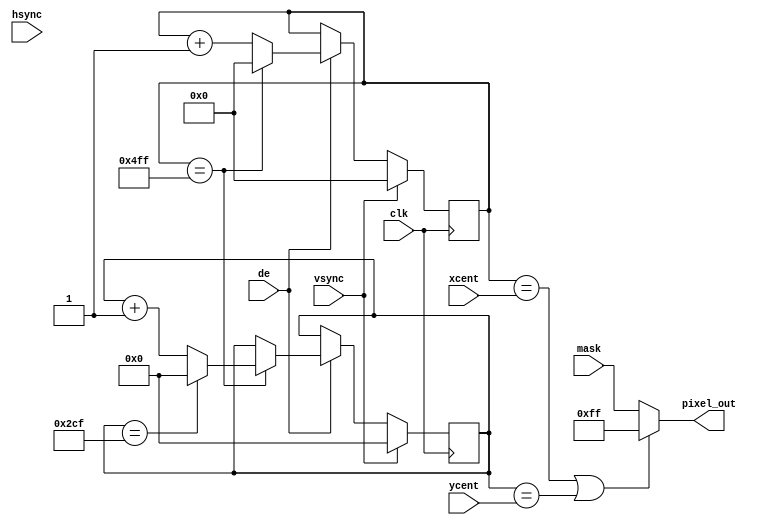
`timescale 1ns / 1ps
//////////////////////////////////////////////////////////////////////////////////
// Company: 
// Engineer: 
// 
// Design Name: 
// Module Name: vis_centroid
// Project Name: 
// Target Devices: 
// Tool Versions: 
// Description: 
// 
// Dependencies: 
// 
// Revision:
// Revision 0.01 - File Created
// Additional Comments:
// 
//////////////////////////////////////////////////////////////////////////////////


module vis_centroid
#(
    parameter IMG_H = 720,
    parameter IMG_W = 1280
)
(
    input clk,
    input de,
    input vsync,
    input hsync,
    input [23:0] mask,
    input [10:0] xcent,
    input [9:0] ycent,
    output [23:0] pixel_out
    );

//Aktualne pozycje pixela 
reg [10:0] x_pos = 0;
reg [9:0] y_pos = 0;

//Pomocnicze
reg prev_vsync = 0;
wire eof;

//Liczniki
reg [19:0] m = 0;
reg [31:0] m_x = 0;
reg [31:0] m_y = 0;

//Przechodzenie po pixelach    
always @(posedge clk)
begin
    if(vsync)
    begin
        x_pos <= 0;
        y_pos <= 0;
    end
    else
        if(de)
        begin
            x_pos <= x_pos + 1;
            if(x_pos == IMG_W-1)
            begin
                x_pos <= 0;
                y_pos <= y_pos + 1;
                if(y_pos == IMG_H-1) y_pos <= 0;
            end
        end      
end

assign pixel_out=((x_pos[10:0]==xcent || y_pos[9:0]==ycent)?8'hff:mask);

endmodule